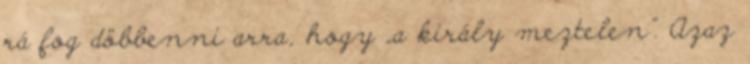
rá fog döbbenni arra, hogy „a király meztelen”. Azaz